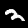
Digit: 2